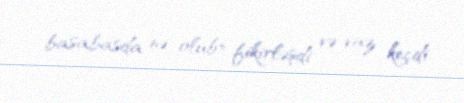
basabasda nə olub» fikirləşdi və vaz keçdi.